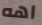
اهه